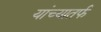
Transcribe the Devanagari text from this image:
यांच्यातर्फ